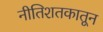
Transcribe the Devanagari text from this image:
नीतिशतकातून